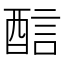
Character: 𨡄